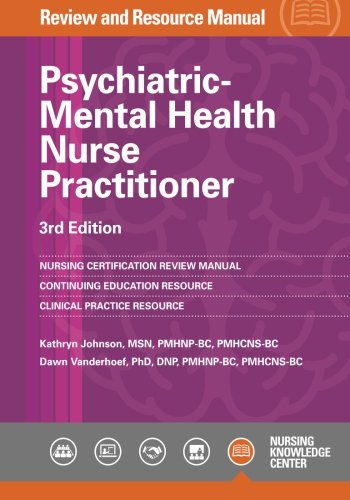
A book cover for Psychiatric-Mental Health Nurse Practitioner Review Manual, 3rd Edition; Kathryn Johnson; Test Preparation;